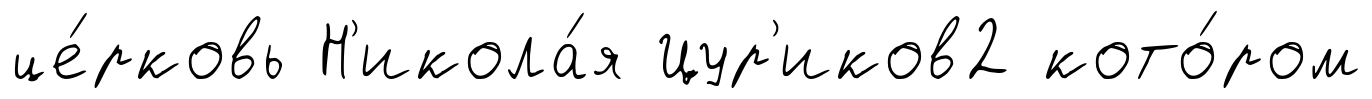
це́рковь Н'икола́я Цур'иков2 кото́ром